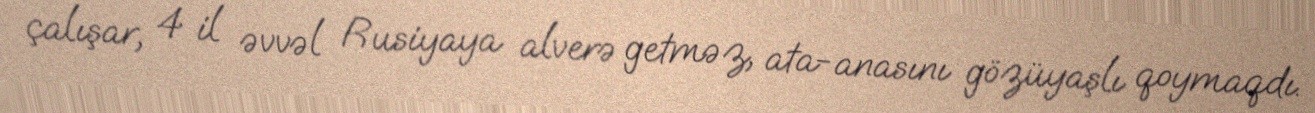
çalışar, 4 il əvvəl Rusiyaya alverə getməz, ata-anasını gözüyaşlı qoymaqdı.